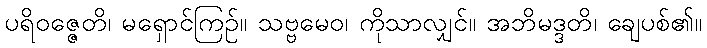
ပရိဝဇ္ဇေတိ၊ မရှောင်ကြဉ်။ သဗ္ဗမေဝ၊ ကိုသာလျှင်။ အဘိမဒ္ဒတိ၊ ချေပစ်၏။